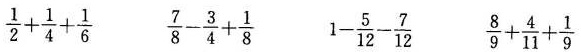
\frac{1}{2}+ \frac{1}{4}+ \frac{1}{6} \frac{7}{8}- \frac{3}{4}+ \frac{1}{8} 1- \frac{5}{12}- \frac{7}{12} \frac{8}{9}+ \frac{4}{11}+ \frac{1}{9}